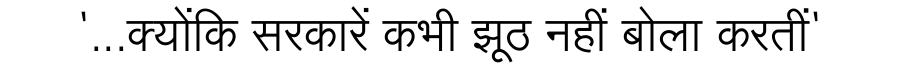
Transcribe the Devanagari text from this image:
'...क्योंकि सरकारें कभी झूठ नहीं बोला करतीं'